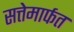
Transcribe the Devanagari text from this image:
सत्तेमार्फत